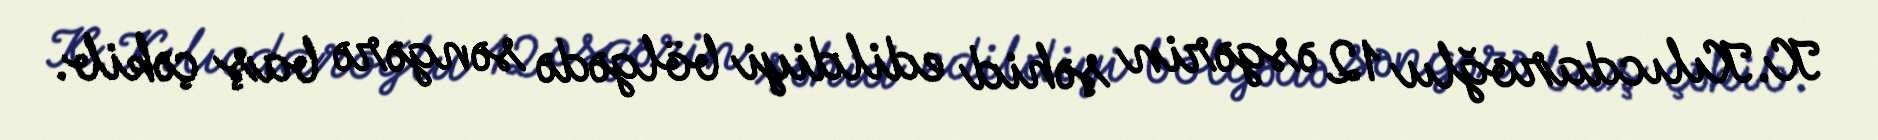
K.Kılıcdaroğlu 12 əsgərin şəhid edildiyi bölgədə səngərə baş çəkib.